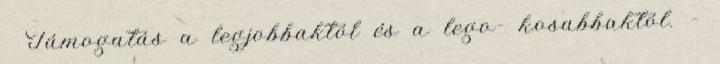
 Támogatás a legjobbaktól és a lego- kosabbaktól. –